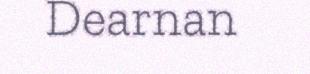
Dearnan